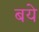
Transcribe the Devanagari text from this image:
बये